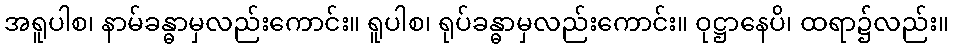
အရူပါစ၊ နာမ်ခန္ဓာမှလည်းကောင်း။ ရူပါစ၊ ရုပ်ခန္ဓာမှလည်းကောင်း။ ဝုဋ္ဌာနေပိ၊ ထရာ၌လည်း။